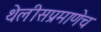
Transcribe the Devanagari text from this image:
थेलीसप्रमाणेच